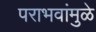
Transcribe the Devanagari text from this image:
पराभवांमुळे